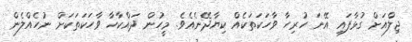
ޖިލްއަށް ގުޅާފައި އޭނަ ހުރިހާ ވާހަކަތަކެއް ކިޔާދޭނެއެވެ. މީހުން ދައްކާހާ ވާހަކަތަކަށް ނުހެއްލެން